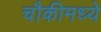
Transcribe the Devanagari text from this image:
चौकीमध्ये